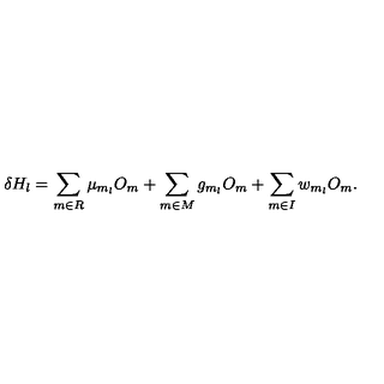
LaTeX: \delta H _ { l } = \sum _ { m \in R } \mu _ { m _ { l } } O _ { m } + \sum _ { m \in M } g _ { m _ { l } } O _ { m } + \sum _ { m \in I } w _ { m _ { l } } O _ { m } .